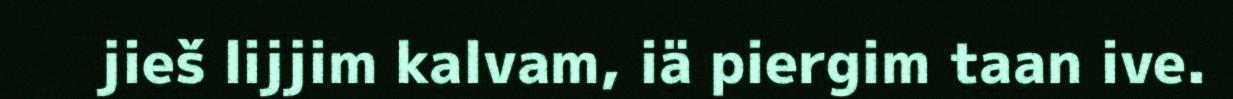
jieš lijjim kalvam, iä piergim taan ive.